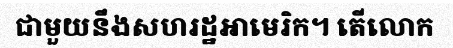
ជាមួយនឹងសហរដ្ឋអាមេរិក។ តើលោក